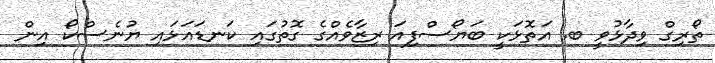
ތޯރިގް ވިދާޅުވީ ބ. އަތޮޅަކީ ބަޔޯސްފިއަ ރިޒާވެއްގެ ގޮތުގައި ކަނޑައަޅައި ޔުނެސްކޯ އިން